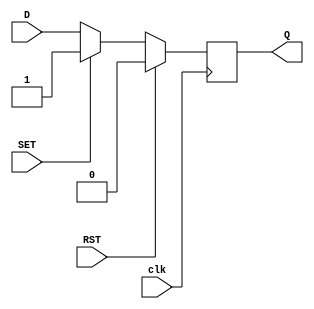
module D_Latch_Extended(
    input clk,
    input D,
    input RST,
    input SET,
    output reg Q
    );

    always@(posedge clk) begin
        if(RST)
            Q <= 1'b0;
        else if(SET)
            Q <= 1'b1;
        else
            Q <= D;

    end

endmodule